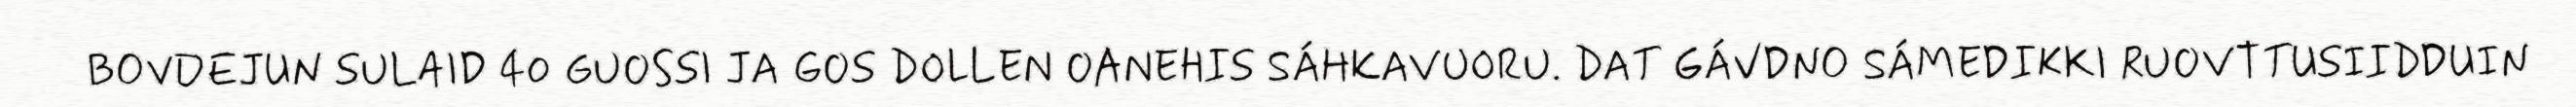
BOVDEJUN SULAID 40 GUOSSI JA GOS DOLLEN OANEHIS SÁHKAVUORU. DAT GÁVDNO SÁMEDIKKI RUOVTTUSIIDDUIN